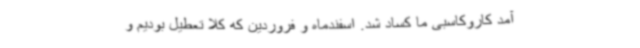
آمد کاروکاسبی ما کساد شد. اسفندماه و فروردین که کلا تعطیل بودیم و